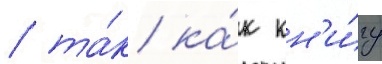
/ та́к ка́к кн'и́гу